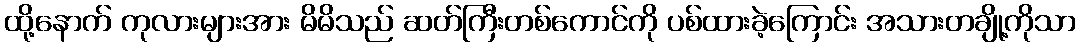
ထို့နောက် ကုလားများအား မိမိသည် ဆတ်ကြီးတစ်ကောင်ကို ပစ်ထားခဲ့ကြောင်း အသားတချို့ကိုသာ